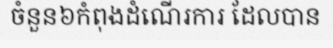
ចំនួន៦កំពុងដំណើរការ ដែលបាន